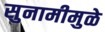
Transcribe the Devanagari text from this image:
सुनामीमुळे